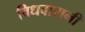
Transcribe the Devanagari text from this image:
विधवारानी